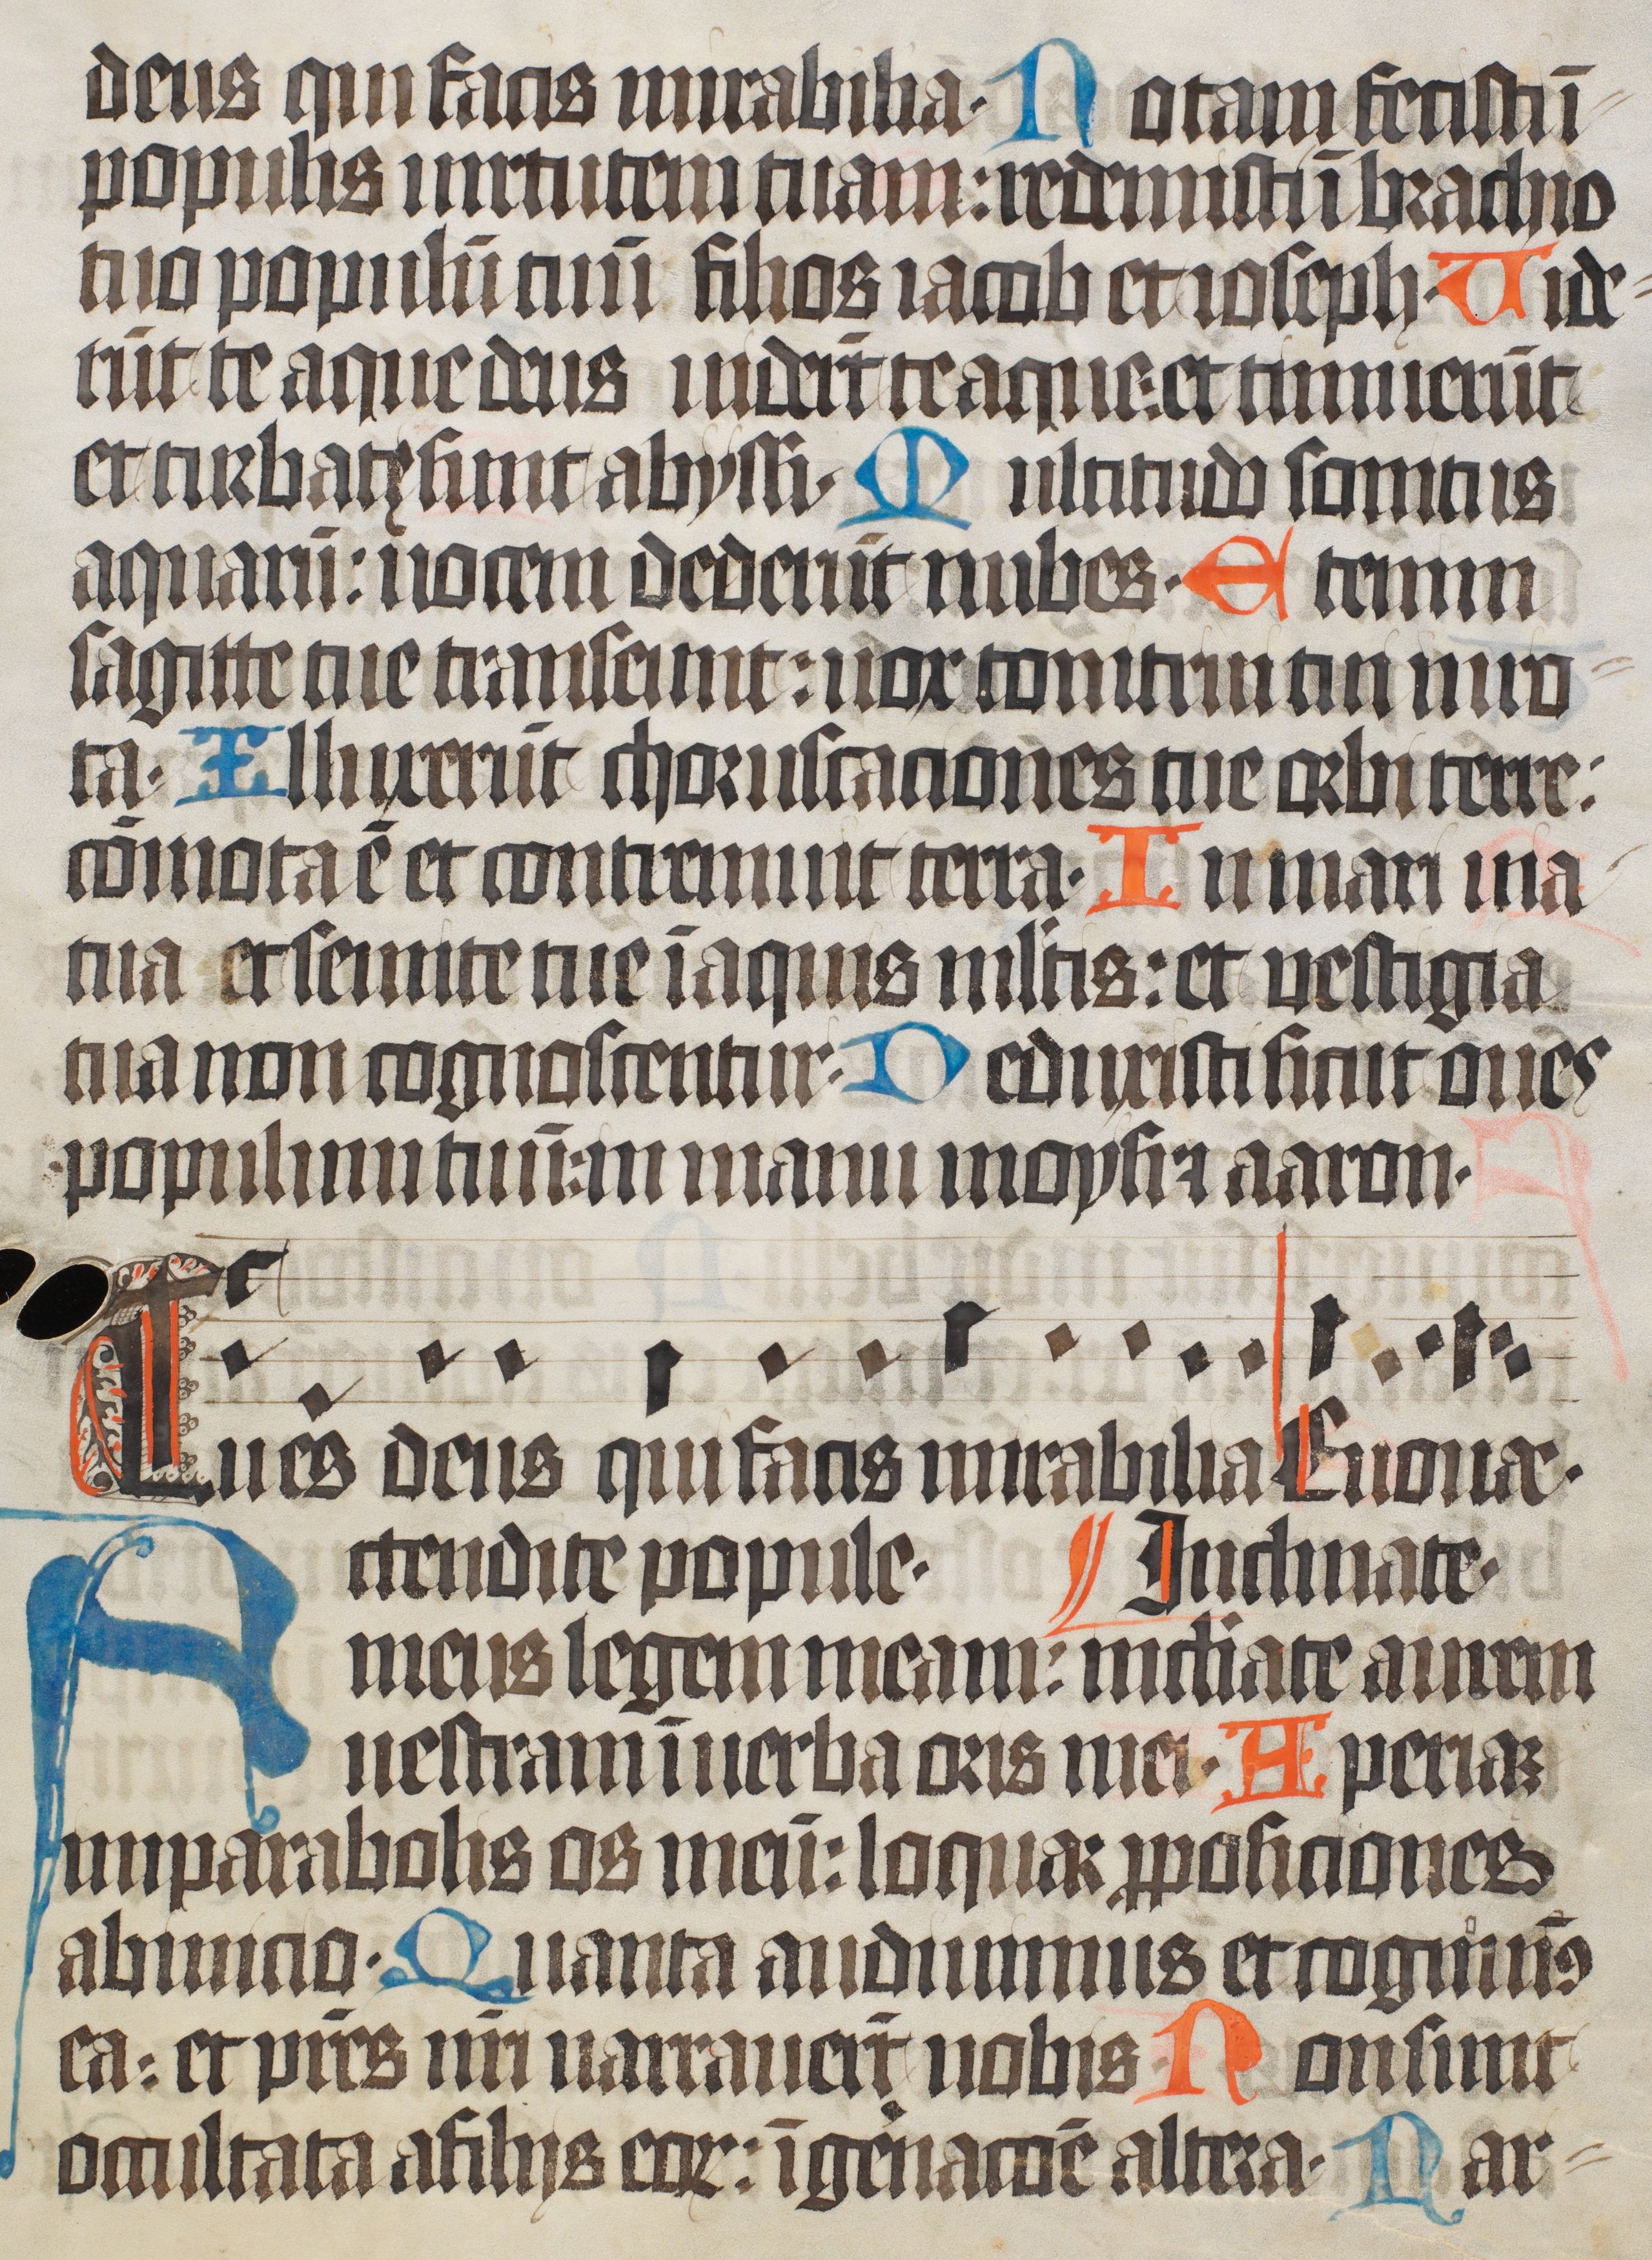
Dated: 1400–1499